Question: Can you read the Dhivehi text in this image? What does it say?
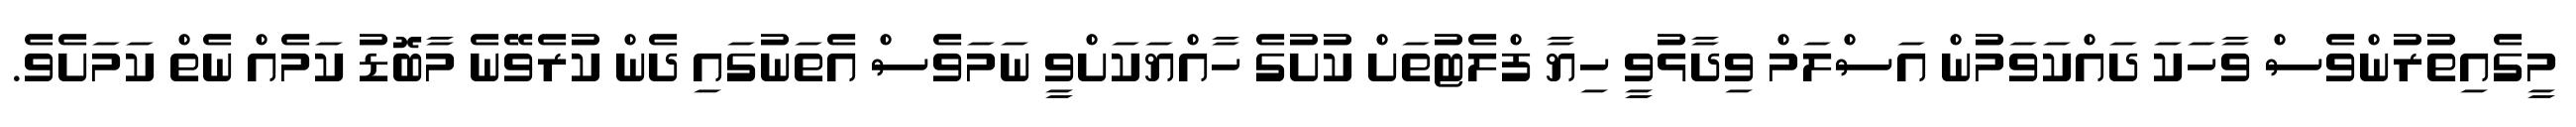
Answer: މީގެއިތުރުންވެސް ވާހަކަ ދައްކަވަމުން އަސްލަމް ވިދާޅުވީ ހިޔާ ފްލެޓުތަށް ކުށުގެ ހާއްޔަކަށްވީ ނަމަވެސް އެތަނުގައި ދެން ކުރެވޭނެ މާބޮޑު ކަމެއް ނެތް ކަމަށެވެ.